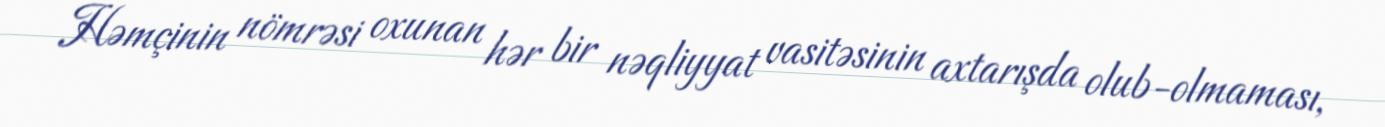
Həmçinin nömrəsi oxunan hər bir nəqliyyat vasitəsinin axtarışda olub-olmaması,